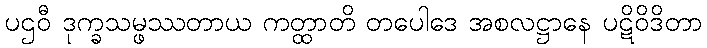
ပဌဝီ ဒုက္ခသမ္ဖဿတာယ ကတ္ထာတိ တပေါဒေ အစလဋ္ဌာနေ ပဋိဝိဒိတာ